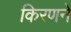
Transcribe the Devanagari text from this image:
किरणने